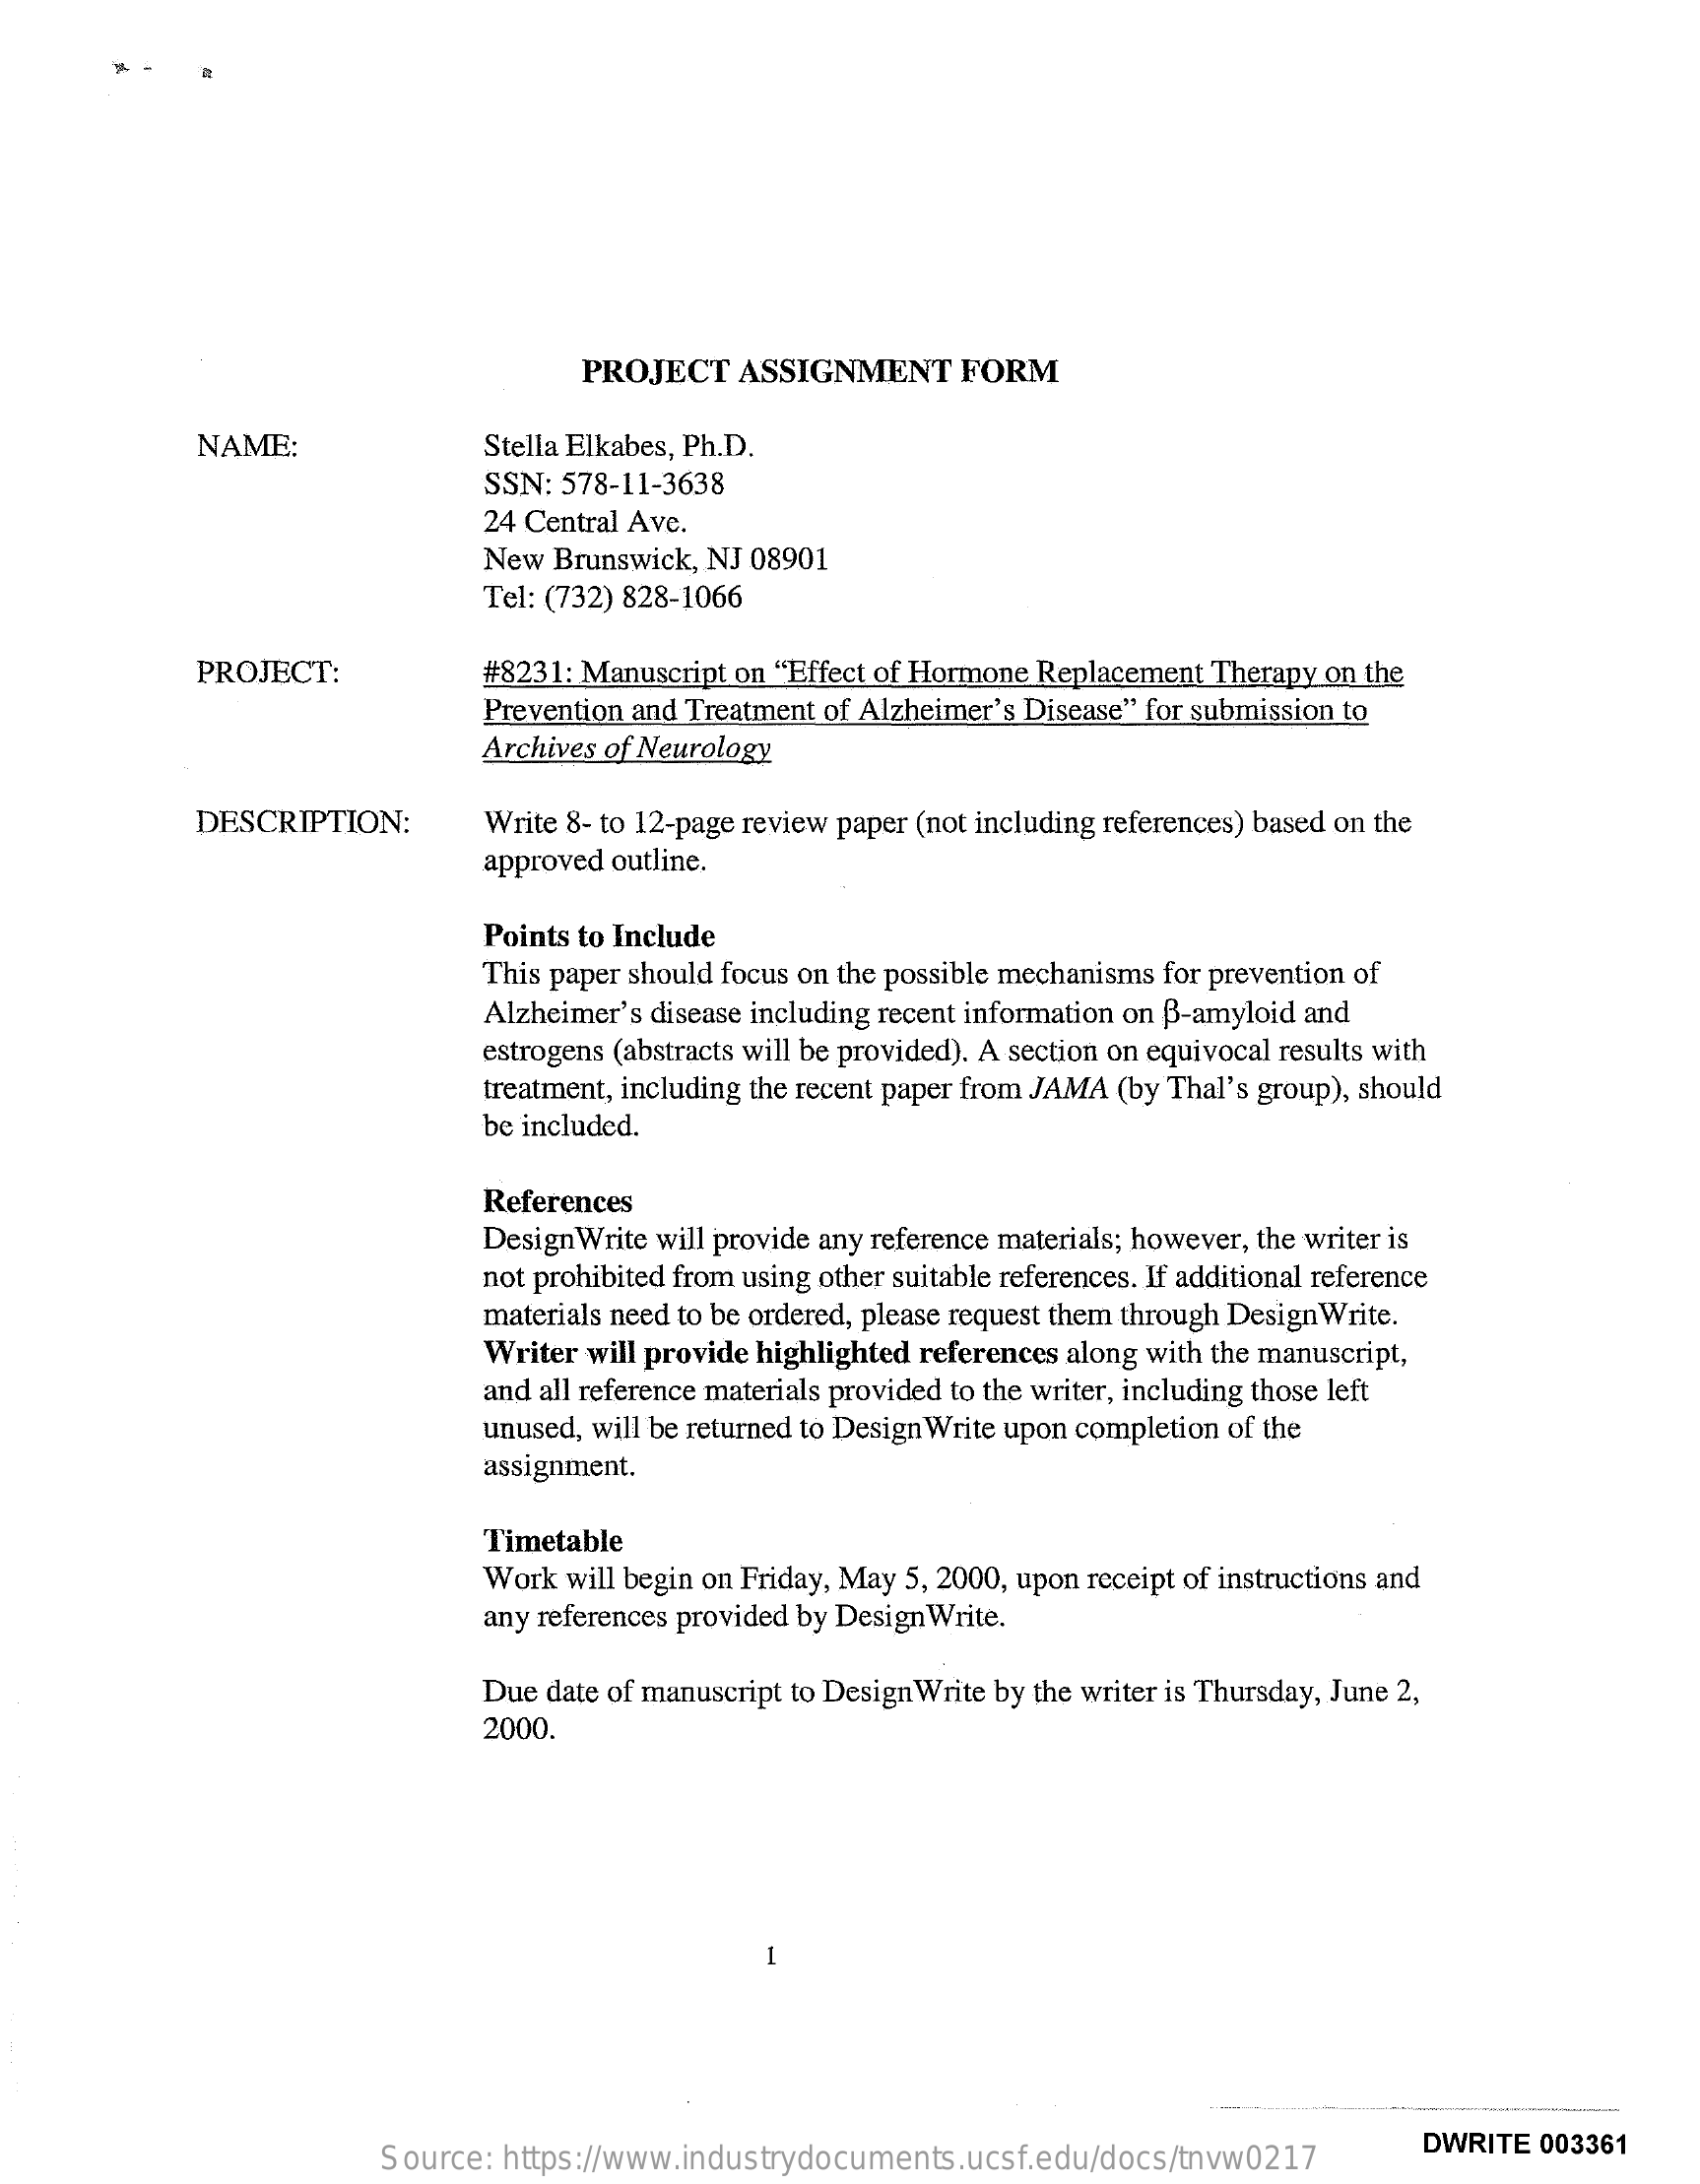
PROJECT  ASSIGNMENT   FORM
     NAME:    Stella Elkabes, Ph.D.
     SSN: 578-11-3638
     24 Central Ave.
     New Brunswick, NJ 08901
     Tel: (732) 828-1066
     PROJECT:    #8231: Manuscript on "Effect of Hormone Replacement Therapy on the
     Prevention and Treatment of Alzheimer's Disease" for submission to
     Archives of Neurology
     DESCRIPTION:    Write 8- to 12-page review paper (not including references) based on the
     approved outline.
     Points to Include
     This paper should focus on the possible mechanisms for prevention of
     Alzheimer's disease including recent information on B-amyloid and
     estrogens (abstracts will be provided). A section on equivocal results with
     treatment, including the recent paper from JAMA (by Thal's group), should
     be included.
     References
     Design Write will provide any reference materials; however, the writer is
     not prohibited from using other suitable references. If additional reference
     materials need to be ordered, please request them through DesignWrite.
     Writer will provide highlighted references along with the manuscript,
     and all reference materials provided to the writer, including those left
     unused, will be returned to Design Write upon completion of the
     assignment.
     Timetable
     Work will begin on Friday, May 5, 2000, upon receipt of instructions and
     any references provided by Design Write.
     Due date of manuscript to Design Write by the writer is Thursday, June 2,
     2000.
     -
     Source: https://www.industrydocuments.ucsf.edu/docs/tnvw0217
     DWRITE 003361